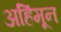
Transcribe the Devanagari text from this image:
अहिंमून